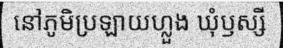
នៅភូមិប្រឡាយហ្លួង ឃុំឫស្សី